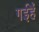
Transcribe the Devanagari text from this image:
गईहैं